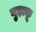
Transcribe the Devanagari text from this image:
गुड़ाकू